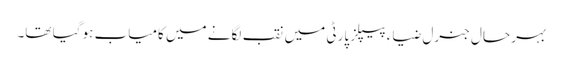
بہر حال جنرل ضیاء پیپلز پارٹی میں نقب لگانے میں کامیاب ہو گیا تھا۔